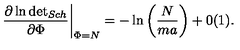
\left. \frac { \partial \ln \mathrm { d e t } _ { { S c h } } } { \partial \Phi } \right| _ { \Phi = N } = - \ln \left( \displaystyle \frac { N } { m a } \right) + 0 ( 1 ) .